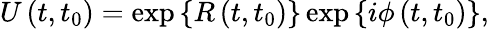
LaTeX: U\left(t,t_{0}\right)=\exp\left\{ R\left(t,t_{0}\right)\right\} \exp\left\{ i\phi\left(t,t_{0}\right)\right\} ,